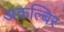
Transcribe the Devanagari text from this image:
अकल्बिर